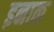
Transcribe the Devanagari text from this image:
इनाक